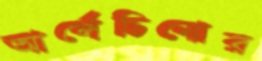
আর্লেচিনোর